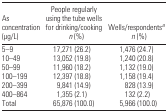
| As concentration (μg/L) | People regularly using the tube wells for drinking/cooking n (%) | Wells/respondentsan (%) |
 | --- | --- | --- |
 | 5–9 | 17,271 (26.2) | 1,476 (24.7) |
 | 10–49 | 13,052 (19.8) | 1,240 (20.8) |
 | 50–99 | 11,960 (18.2) | 1,132 (19.0) |
 | 100–199 | 12,397 (18.8) | 1,158 (19.4) |
 | 200–399 | 9,841 (14.9) | 828 (13.9) |
 | 400–864 | 1,355 (2.1) | 132 (2.2) |
 | Total | 65,876 (100.0) | 5,966 (100.0) |